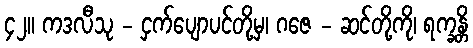
၄၂။ ကဒလီသု - ငှက်ပျောပင်တို့မှ၊ ဂဇေ - ဆင်တို့ကို၊ ရက္ခန္တိ